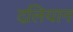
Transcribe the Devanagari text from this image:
दलियान